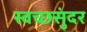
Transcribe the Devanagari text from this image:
स्वच्छसुंदर